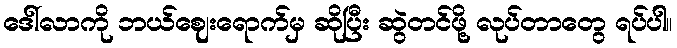
ဒေါ်လာကို ဘယ်ဈေးရောက်မှ ဆိုပြီး ဆွဲတင်ဖို့ လုပ်တာတွေ ရပ်ပါ။